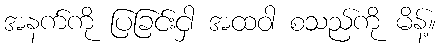
အနက်ကို ပြခြင်းငှါ အထဝါ စသည်ကို မိန့်။